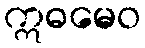
ဣဓမေဝ